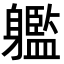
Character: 𨊔